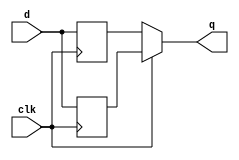
module top_module(
  input clk,
  input d,
  output q
);
  reg rp, rn;
  always @(negedge clk) begin
    rn <= d;
  end
  always @(posedge clk) begin
    rp <= d;
  end
  assign q = clk ? rp : rn;
endmodule